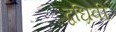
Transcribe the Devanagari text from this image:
द्वध्रिवी